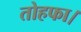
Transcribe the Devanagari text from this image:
तोहफा।